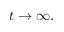
t \to \infty ,